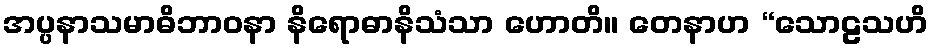
အပ္ပနာသမာဓိဘာဝနာ နိရောဓာနိသံသာ ဟောတိ။ တေနာဟ “သောဠသဟိ